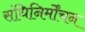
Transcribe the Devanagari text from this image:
संधिनिर्मोंचन